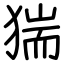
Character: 猯